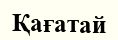
Қағатай